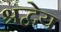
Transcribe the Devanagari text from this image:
श्रद्वेय